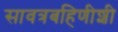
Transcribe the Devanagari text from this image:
सावत्रबहिणीशी